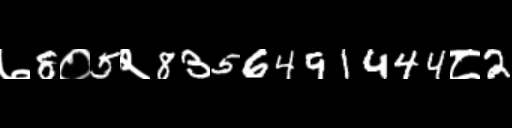
Text: ७8०5२8356491444८2